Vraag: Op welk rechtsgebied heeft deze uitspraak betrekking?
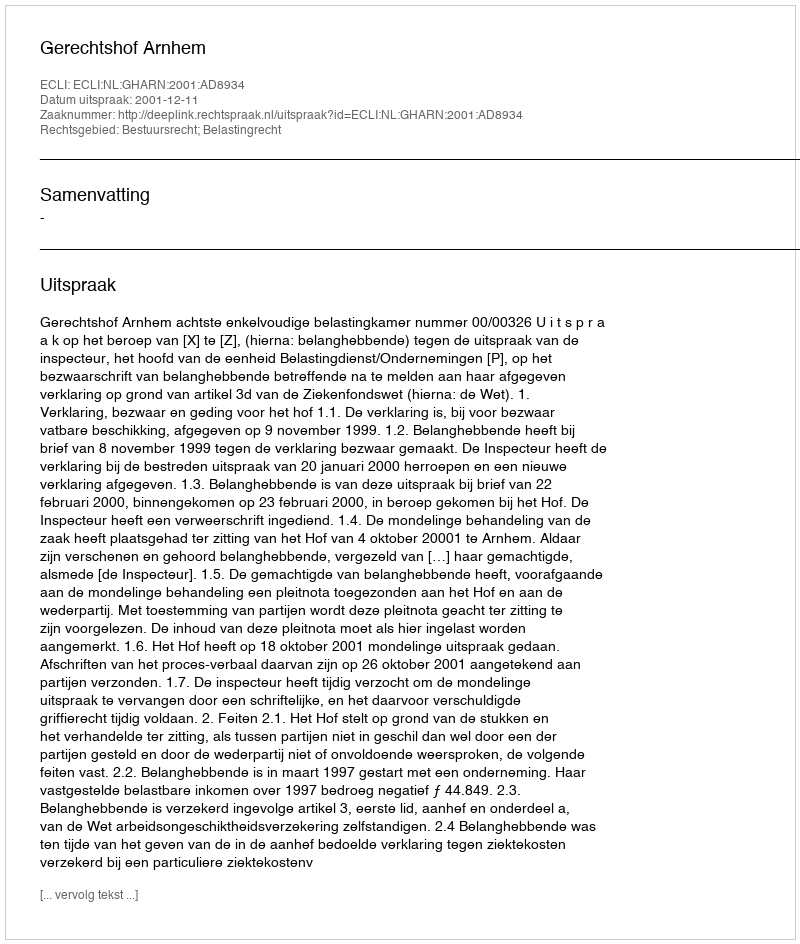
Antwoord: Bestuursrecht; Belastingrecht